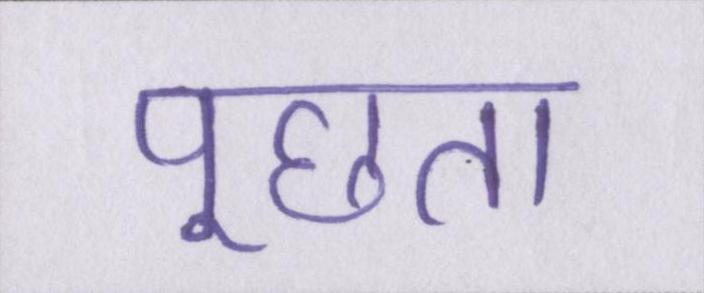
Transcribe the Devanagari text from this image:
पूछता